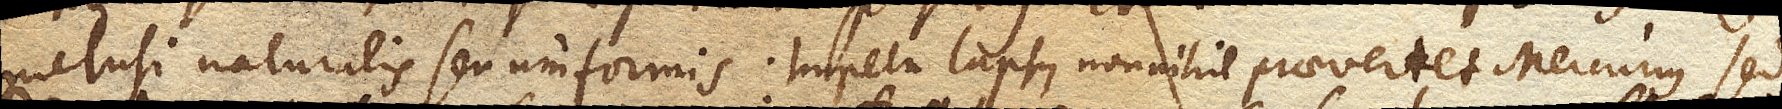
inclusi naturalis seu uniformis. Impetu lapsus nonnihil praevertet Mercurius sed